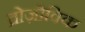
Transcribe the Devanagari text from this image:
व्रोज़ोविक